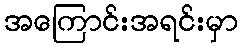
အကြောင်းအရင်းမှာ